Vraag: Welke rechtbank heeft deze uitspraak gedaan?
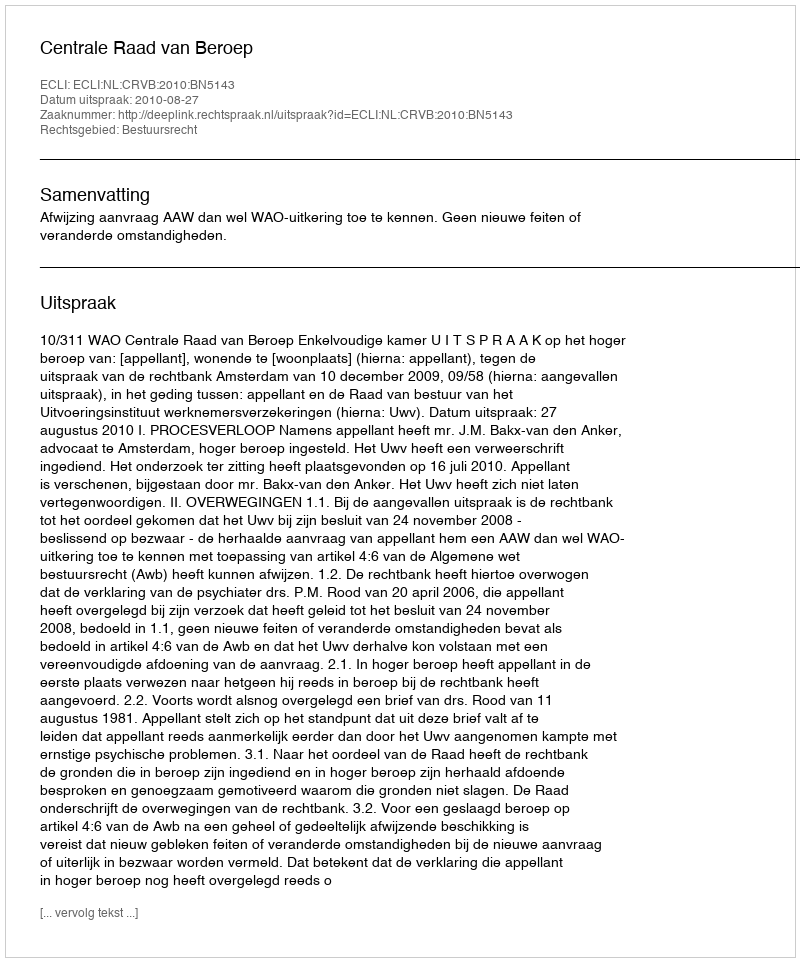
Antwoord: Centrale Raad van Beroep